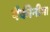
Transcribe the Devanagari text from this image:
पैकीनीमा